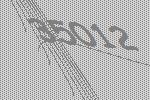
35012